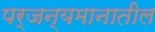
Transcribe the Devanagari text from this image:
पर्जन्यमानातील